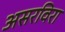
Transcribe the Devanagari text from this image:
असरविरा